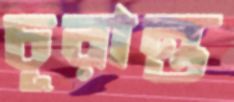
চূরান্ত